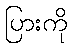
ပြားကို